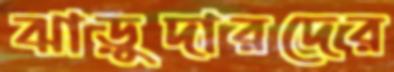
ঝাড়ুদারদের